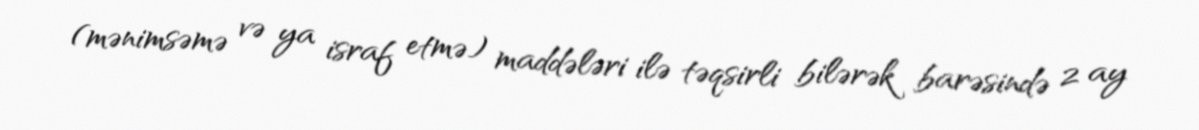
(mənimsəmə və ya israf etmə) maddələri ilə təqsirli bilərək barəsində 2 ay